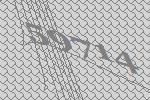
59714